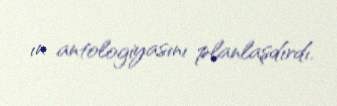
ın antologiyasını planlaşdırdı.